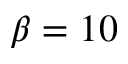
\beta = 1 0